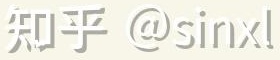
知乎 @sinxl